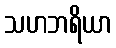
သဟဘရိယာ